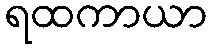
ရထကာယာ